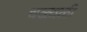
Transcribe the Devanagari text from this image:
चळ्वळी